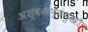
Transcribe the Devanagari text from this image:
अश्वःसप्तमुखौ